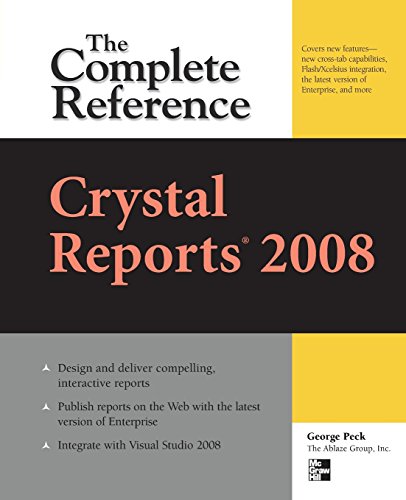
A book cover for Crystal Reports 2008: The Complete Reference (Osborne Complete Reference Series); George Peck; Computers & Technology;